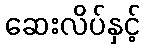
ဆေးလိပ်နှင့်